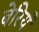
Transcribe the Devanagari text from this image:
बेरियँ